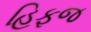
હિફજ